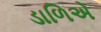
ડાળિએ